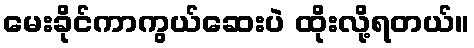
မေးခိုင်ကာကွယ်ဆေးပဲ ထိုးလို့ရတယ်။